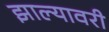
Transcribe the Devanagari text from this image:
झाल्यावरी